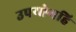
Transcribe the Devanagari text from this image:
उपयोगहि